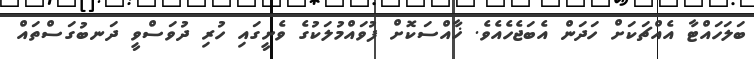
ބަލަހައްޓާ އެއްޗަކަށް ހަދަން އެބަޖެހެއެވެ. ޚާއްސަކޮށް ފުވައްމުލަކުގެ ވެށީގައި ހުރި ދުވަސްވީ ދަނބުގަސްތައް